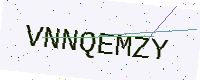
Text: VNNQEMZY